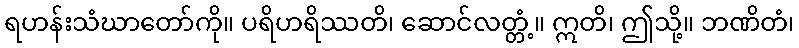
ရဟန်းသံဃာတော်ကို။ ပရိဟရိဿတိ၊ ဆောင်လတ္တံ့။ ဣတိ၊ ဤသို့။ ဘဏိတံ၊